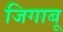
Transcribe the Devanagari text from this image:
जिगाबू